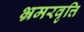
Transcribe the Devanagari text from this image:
भ्रमरवृत्ति